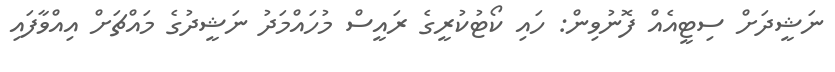
ނަޝީދަށް ސިޓީއެއް ފޮނުވިން: ހައި ކޯޓުކުރީގެ ރައީސް މުހައްމަދު ނަޝީދުގެ މައްޗަށް އިއްވާފައި